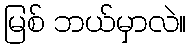
မြစ် ဘယ်မှာလဲ။